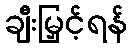
ချီးမြှင့်ရန်